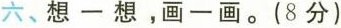
六、想一想，画一画。(8分)